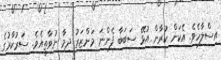
އިސްލާހެވެ. އެކަން ކުރާން އުޅޭ ސަބަބާ ފެންނަ މަންޒަރު ދިމާ ނުވާތީއެވެ. ސަރުކާރުގެ